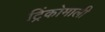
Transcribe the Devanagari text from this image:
ट्रिंकोमाली